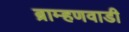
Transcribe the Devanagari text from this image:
ब्राम्हणवाडी